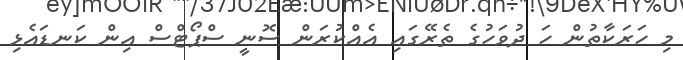
މި ހަރަކާތުން ހަ ދުވަހުގެ ތެރޭގައި އެއްކުރަން ސޮނީ ސްޕޯޓްސް އިން ކަނޑައެޅި